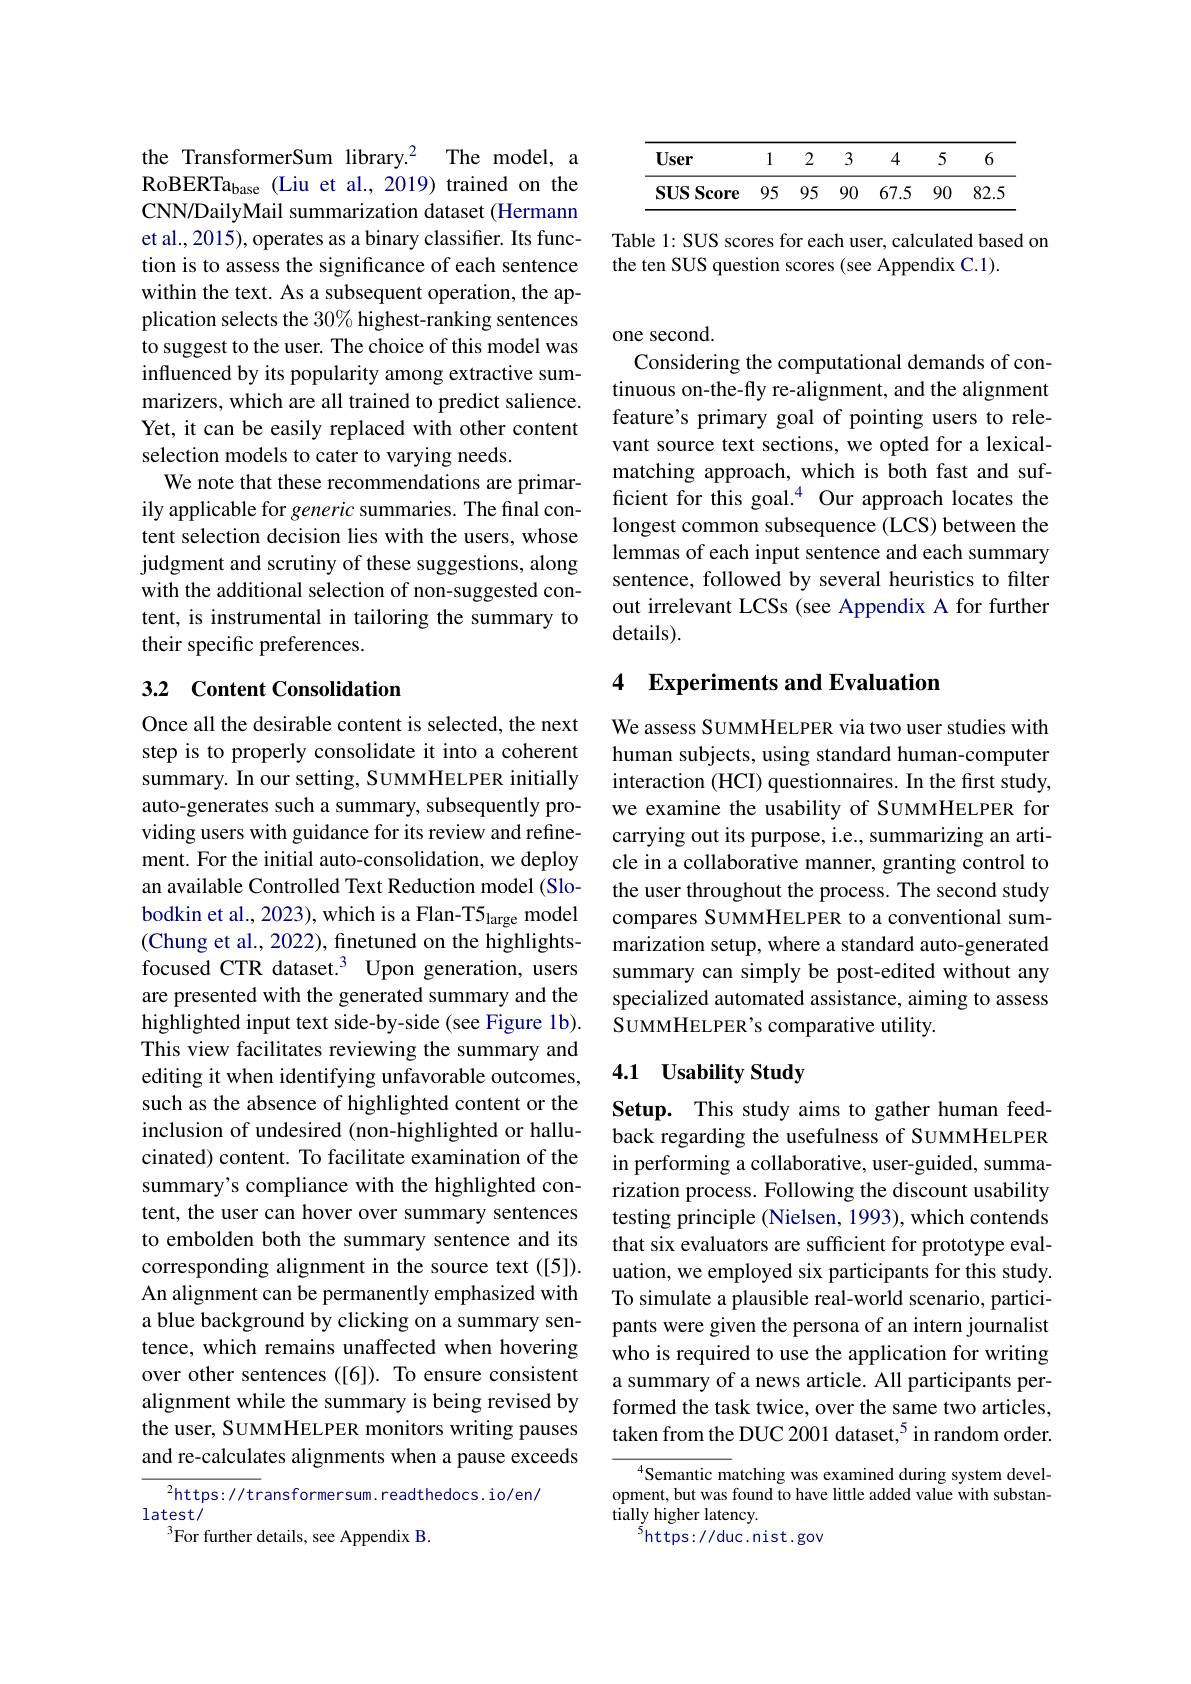
<table>
	<tbody>
		<tr>
			<th>User</th>
			<th></th>
			<th>2</th>
			<th>3</th>
			<th>4</th>
			<th></th>
			<th>6</th>
		</tr>
		<tr>
			<td>$SUS$ Score 1</td>
			<td>95</td>
			<td>95</td>
			<td>90</td>
			<td>67.5</td>
			<td>90</td>
			<td>82.5</td>
		</tr>
	</tbody>
</table>

Table 1: SUS scores for each user, calculated based on
the ten SUS question scores (see Appendix C.1).

the TransformerSum library.2 The model, a RoBERTa$_\mathrm{base}$ (Liu et al., 2019) trained on the CNN/DailyMail summarization dataset (Hermann et al., 2015), operates as a binary classifier. tion is to assess the significance of each sentence within the text. As a subsequent operation, the application selects the 30% highest-ranking sentences to suggest to the user. The choice of this model was influenced by its popularity among extractive summarizers, which are all trained to predict salience. Yet, it can be easily replaced with other content selection models to cater to varying needs.
We note that these recommendations are primarily applicable for generic summaries. The final content selection decision lies with the users, whose judgment and scrutiny of these suggestions, along with the additional selection of non-suggested c tent, is instrumental in tailoring the summary to their specific preferences.

## 3.2 Content Consolidation

Once all the desirable content is selected, the next step is to properly consolidate it into a coherent summary. In our setting, SUMMHELPER initially auto-generates such a summary, subsequently providing users with guidance for its review and refinement. For the initial auto-consolidation, we deploy an available Controlled Text Reduction model (Slobodkin et al., 2023), which is a Flan-T5$_\mathrm{large}$ model (Chung et al., 2022), finetuned on the highlightsfocused CTR dataset.$^3$ Upon generation, users are presented with the generated summary and the highlighted input text side-by-side (see Figure 1b). This view facilitates reviewing the summary and editing it when identifying unfavorable outcomes, such as the absence of highlighted content or the inclusion of undesired (non-highlighted or hallucinated) content. To facilitate examination of the summary's compliance with the highlighted content, the user can hover over summary sentences to embolden both the summary sentence and its corresponding alignment in the source text ([5]). An alignment can be permanently emphasized with a blue background by clicking on a summary sentence, which remains unaffected when hovering over other sentences ([6]). To ensure consistent alignment while the summary is being revised by the user, SUMMHELPER monitors writing pauses and re-calculates alignments when a pause exceeds
$^2$https://transformersum.readthedocs.io/en/

latest/
$^{3}$For further details, see Appendix B.

one second.

Considering the computational demands of continuous on-the-fly re-alignment, and the alignment feature's primary goal of pointing users to relevant source text sections, we opted for a lexicalmatching approach, which is both fast and sufficient for this goal.$^4$ Our approach locates the longest common subsequence (LCS) between the lemmas of each input sentence and each summary sentence, followed by several heuristics to filter out irrelevant LCSs (see Appendix A for further details).

# 4 Experiments and Evaluation

We assess SUMMHELPER via two user studies with human subjects, using standard human-computer interaction (HCI) questionnaires. In the first study, we examine the usability of SUMMHELPER for carrying out its purpose, i.e., summarizing an article in a collaborative manner, granting control the user throughout the process. The second study compares SUMMHELPER to a conventional summarization setup, where a standard auto-generated summary can simply be post-edited without any specialized automated assistance, aiming to assess SUMMHELPER's comparative utility.

## 4.1 Usability Study

Setup. This study aims to gather human feedback regarding the usefulness of SUMMHELPER in performing a collaborative, user-guided, summarization process. Following the discount usability testing principle (Nielsen, 1993), which contends that six evaluators are sufficient for prototype uation, we employed six participants for this study. To simulate a plausible real-world scenario, participants were given the persona of an intern journalist who is required to use the application for writing a summary of a news article. All participants pe formed the task twice, over the same two articles, taken from the DUC 2001 dataset,$^{5}$ in random order.

$^{4}$Semantic matching was examined during system development, but was found to have little added value with substantially higher latency.
$^{\bar{5}}$https://duc.nist.gov